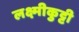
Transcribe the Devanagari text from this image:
लक्ष्मीकुट्टी